Indian journal of veterinary science and animal husbandry - Volumes 26-27, 1956-1957
Year: 1956
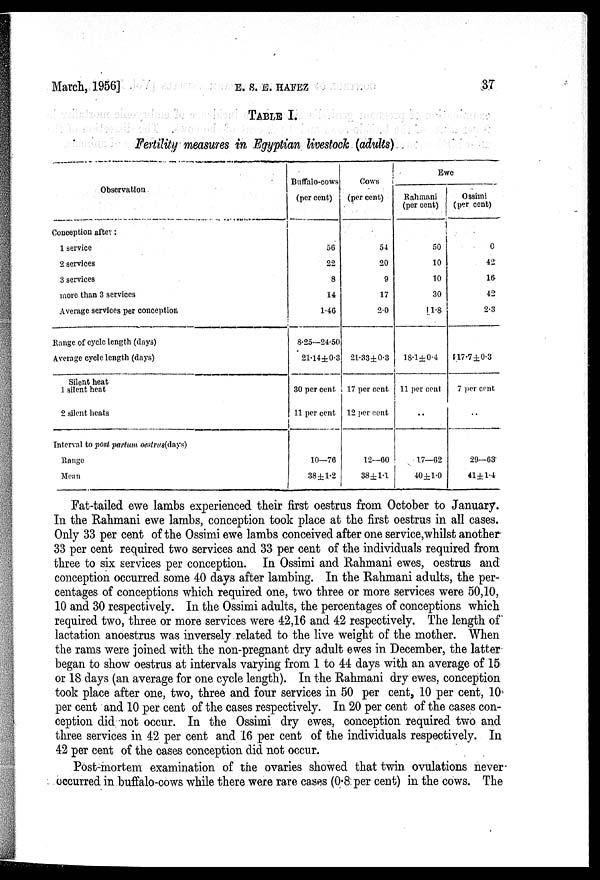
March, 1956]
E.
S.
E.
HAFEZ
37
TABLE I.
Fertility measures in Egyptian livestock (adults)
Observation
Conception after :
1 service
2 services
3 services
more than 3 services
Average services per conception
Range of cycle length (days)
Average cycle length (days)
Silent heat
1 silent heat
2 silent heats
Interval to post partum oestrus(days)
Range
Mean
Buffalo-cows
(per cent)
56
22
8
14
1.46
8.25—24.50
21.14±0.3
30 per cent
11 per cent
10—76
38±1.2
Cows
(per cent)
54
20
9
17
2.0
21.33±0.3
17 per cent
12 per cent
12—60
38±1.1
Ewe
Rahmani
(per cent)
50
10
10
30
1.8
18.1±0.4
11 per cent
..
17—62
40±1.0
Ossimi
(per cent)
0
42
16
42
2.3
17.7±0.3
7 per cent
..
29—63
41±1.4